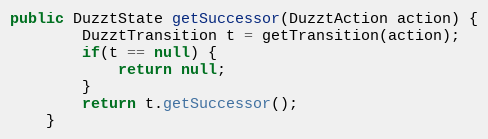
Language: Java
public DuzztState getSuccessor(DuzztAction action) {
		DuzztTransition t = getTransition(action);
		if(t == null) {
			return null;
		}
		return t.getSuccessor();
	}